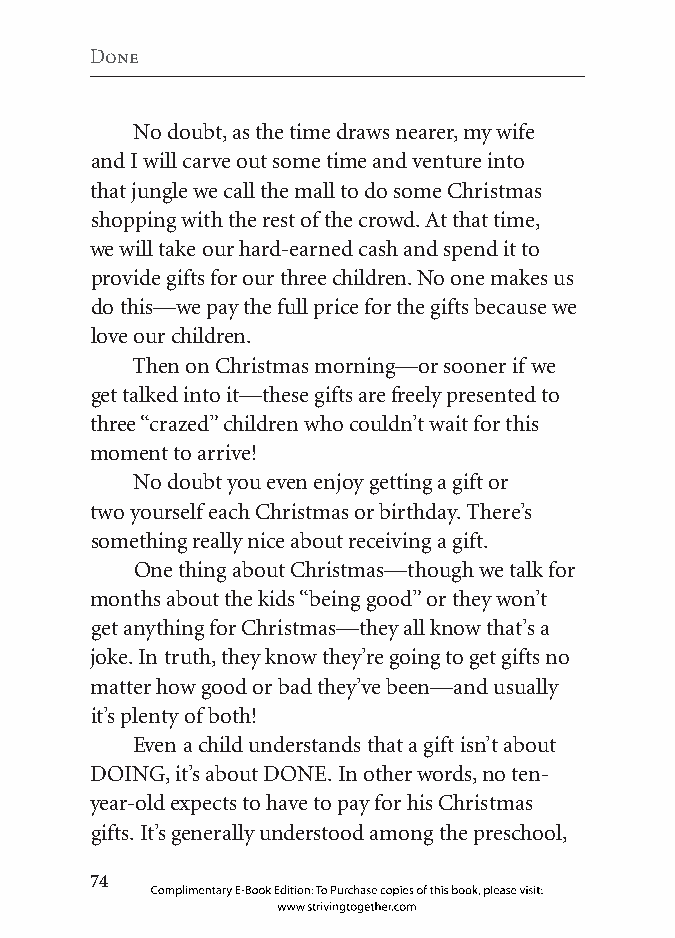
Done
 No doubt, as the time draws nearer, my wife
 and I will carve out some time and venture into
 that jungle we call the mall to do some Christmas
 shopping with the rest of the crowd. At that time,
 we will take our hard-earned cash and spend it to
 provide gifts for our three children. No one makes us
 do this—we pay the full price for the gifts because we
 love our children.
 Then on Christmas morning—or sooner if we
 get talked into it—these gifts are freely presented to
 three “crazed” children who couldn’t wait for this
 moment to arrive!
 No doubt you even enjoy getting a gift or
 two yourself each Christmas or birthday. There’s
 something really nice about receiving a gift.
 One thing about Christmas—though we talk for
 months about the kids “being good” or they won’t
 get anything for Christmas—they all know that’s a
 joke. In truth, they know they’re going to get gifts no
 matter how good or bad they’ve been—and usually
 it’s plenty of both!
 Even a child understands that a gift isn’t about
 DOING, it’s about DONE. In other words, no ten-
 year-old expects to have to pay for his Christmas
 gifts. It’s generally understood among the preschool,
 
 Complimentary E-Book Edition: To Purchase copies of this book, please visit:
 www.strivingtogether.com